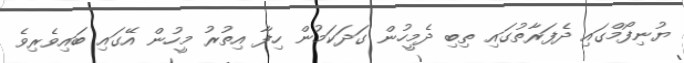
ޔުނިފޯމްގައި ދެފަރާތުގައި ތިބި ދެމީހުން ގަދަކަމުން ހިފާ އިތުރު މީހުން އޭގައި ބައިވެރިވެ